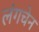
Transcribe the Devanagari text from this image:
लंगचेन